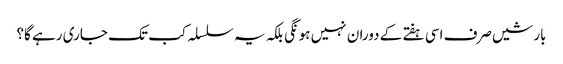
بارشیں صرف اسی ہفتے کے دوران نہیں ہونگی بلکہ یہ سلسلہ کب تک جاری رہے گا؟